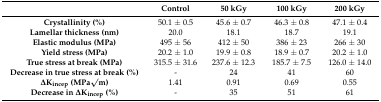
<table><thead><tr><td></td><td><b>Control</b></td><td><b>50 kGy</b></td><td><b>100 kGy</b></td><td><b>200 kGy</b></td></tr></thead><tbody><tr><td><b>Crystallinity (%)</b></td><td>50.1 ± 0.5</td><td>45.6 ± 0.7</td><td>46.3 ± 0.8</td><td>47.1 ± 0.4</td></tr><tr><td><b>Lamellar thickness (nm)</b></td><td>20.0</td><td>18.1</td><td>18.7</td><td>19.1</td></tr><tr><td><b>Elastic modulus (MPa)</b></td><td>495 ± 56</td><td>412 ± 50</td><td>386 ± 23</td><td>266 ± 30</td></tr><tr><td><b>Yield stress (MPa)</b></td><td>20.2 ± 1.0</td><td>19.9 ± 0.8</td><td>18.9 ± 0.7</td><td>20.2 ± 1.0</td></tr><tr><td><b>True stress at break (MPa)</b></td><td>315.5 ± 31.6</td><td>237.6 ± 12.3</td><td>185.7 ± 7.5</td><td>126.0 ± 14.0</td></tr><tr><td><b>Decrease in true stress at break (%)</b></td><td>-</td><td>24</td><td>41</td><td>60</td></tr><tr><td><b>ΔK<sub>incep</sub> (MPa√m)</b></td><td>1.41</td><td>0.91</td><td>0.69</td><td>0.55</td></tr><tr><td><b>Decrease in ΔK<sub>incep</sub> (%)</b></td><td>-</td><td>35</td><td>51</td><td>61</td></tr></tbody></table>